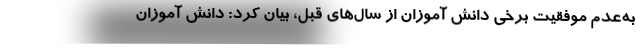
به‌عدم موفقیت برخی دانش آموزان از سال‌های قبل، بیان کرد: دانش آموزان